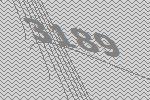
3189